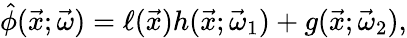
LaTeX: \hat{\phi}(\vec{x};\vec{\omega})=\ell(\vec{x})h(\vec{x};\vec{\omega}_{1})+g(\vec{x};\vec{\omega}_{2}),